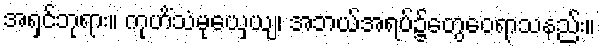
အရှင်ဘုရား။ ကုဟိံသံမုယှေယျ၊ အဘယ်အရပ်၌တွေဝေရာသနည်း။